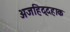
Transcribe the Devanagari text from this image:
अजहिद्दहाक